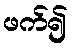
ဖက်၍